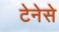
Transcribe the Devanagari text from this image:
टेनेसे